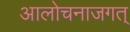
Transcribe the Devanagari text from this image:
आलोचनाजगत्